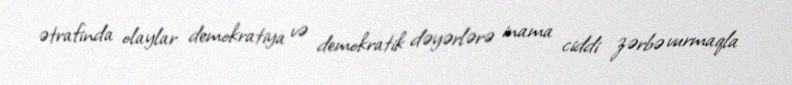
ətrafinda olaylar demokratiya və demokratik dəyərlərə inama ciddi zərbə vurmaqla